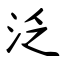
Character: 泛